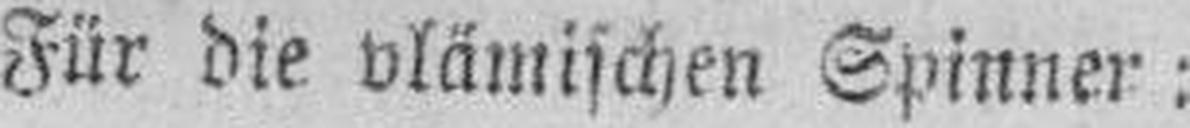
Für die vlämischen Spinner: